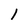
Character: 1